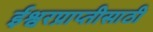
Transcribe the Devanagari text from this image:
ईश्वरप्राप्‍तीसाठी